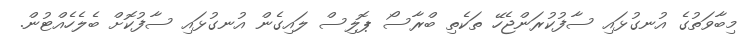
މިބާވަތުގެ އުނގުޅައި ސާފުކުރަންޖެހޭ ތަކެތި ބްރާސޯ ޕޮލިސް ލައިގެން އުނގުޅައި ސާފުކޮށް ބެލެހެއްޓުން.